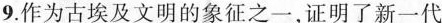
9.作为古埃及文明的象征之一，证明了新一代